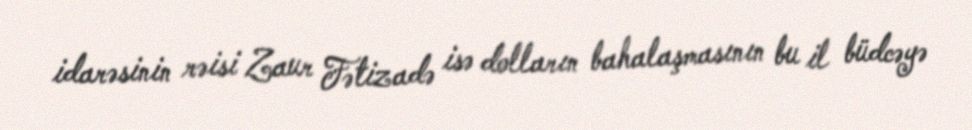
idarəsinin rəisi Zaur Fətizadə isə dolların bahalaşmasının bu il büdcəyə